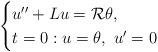
LaTeX: \begin{align*} \begin{cases}u ''+ L u=\mathcal R\theta,\\t=0:u= \theta,\ u'=0 \end{cases}\end{align*}